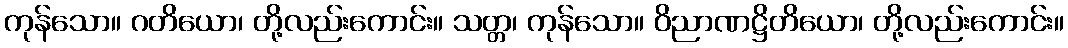
ကုန်သော။ ဂတိယော၊ တို့လည်းကောင်း။ သတ္တ၊ ကုန်သော။ ဝိညာဏဋ္ဌိတိယော၊ တို့လည်းကောင်း။